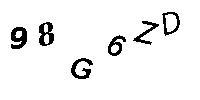
98G6ZD